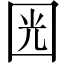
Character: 㘢